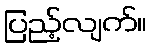
ပြည့်လျက်။